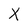
Character: X